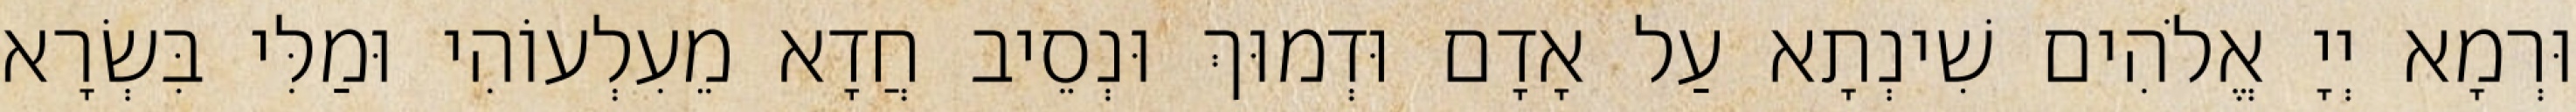
וּרְמָא יְיָ אֱלֹהִים שִׁינְתָא עַל אָדָם וּדְמוּךְ וּנְסֵיב חֲדָא מֵעִלְעוֹהִי וּמַלִּי בִּשְׂרָא